Civil Veterinary Department. Madras. Admin. report 1926-33 - 1926-1933
Year: 1926
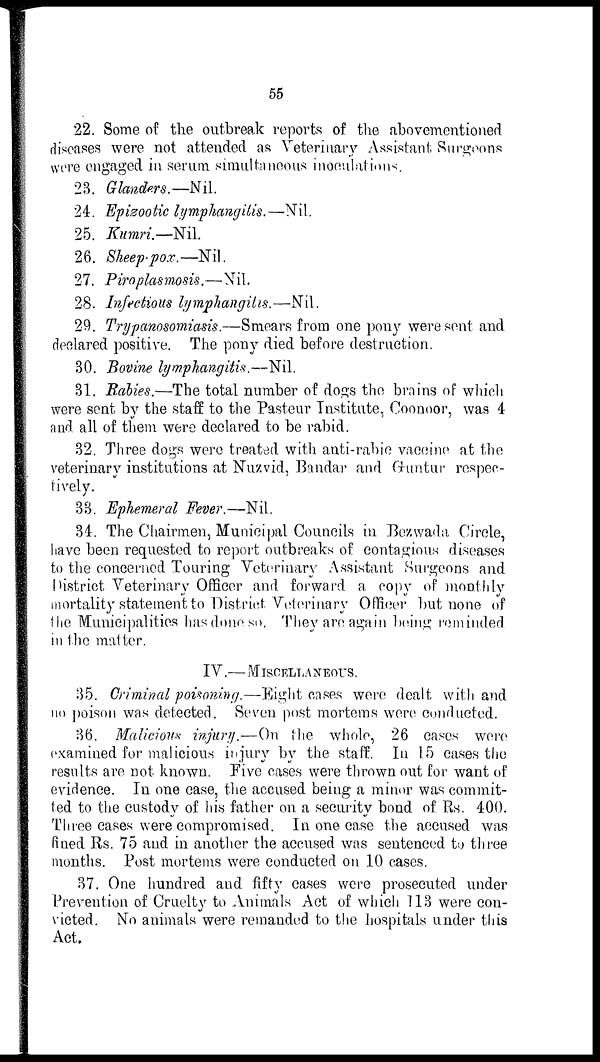
55
22. Some of the outbreak reports of the abovementioned
diseases were not attended as Veterinary Assistant Surgeons
were engaged in serum simultaneous inoculations.
23. Glanders.—Nil.
24. Epizootic lymphangitis.—Nil.
25. Kumri.—Nil.
26. Sheep-pox.—Nil.
27. Piroplasmosis.—Nil.
28. Infectious lymphangitis.—Nil.
29. Trypanosomiasis.—Smears from one pony were sent and
declared positive. The pony died before destruction.
30. Bovine lymphangitis.—Nil.
31. Rabies.—The total number of dogs the brains of which
were sent by the staff to the Pasteur Institute, Coonoor, was 4
and all of them were declared to be rabid.
32. Three dogs were treated with anti-rabic vaccine at the
veterinary institutions at Nuzvid, Bandar and Guntur respec-
tively.
33. Ephemeral Fever.—Nil.
34. The Chairmen, Municipal Councils in Bezwada Circle,
have been requested to report outbreaks of contagious diseases
to the concerned Touring Veterinary Assistant Surgeons and
District Veterinary Officer and forward a copy of monthly
mortality statement to District Veterinary Officer but none of
the Municipalities has done so. They are again being reminded
in the matter.
IV.—MISCELLANEOUS.
35. Criminal poisoning.—Eight cases were dealt with and
no poison was detected. Seven post mortems were conducted.
36. Malicious injury.—On the whole, 26 cases were
examined for malicious injury by the staff. In 15 cases the
results are not known. Five cases were thrown out for want of
evidence. In one case, the accused being a minor was commit-
ted to the custody of his father on a security bond of Rs. 400.
Three cases were compromised. In one case the accused was
fined Rs. 75 and in another the accused was sentenced to three
months. Post mortems were conducted on 10 cases.
37. One hundred and fifty cases were prosecuted under
Prevention of Cruelty to Animals Act of which 113 were con-
victed. No animals were remanded to the hospitals under this
Act.